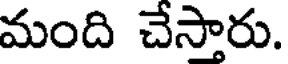
మంది చేస్తారు.